Vaccination in Bombay 1924-1928 - 1924-1928
Year: 1924
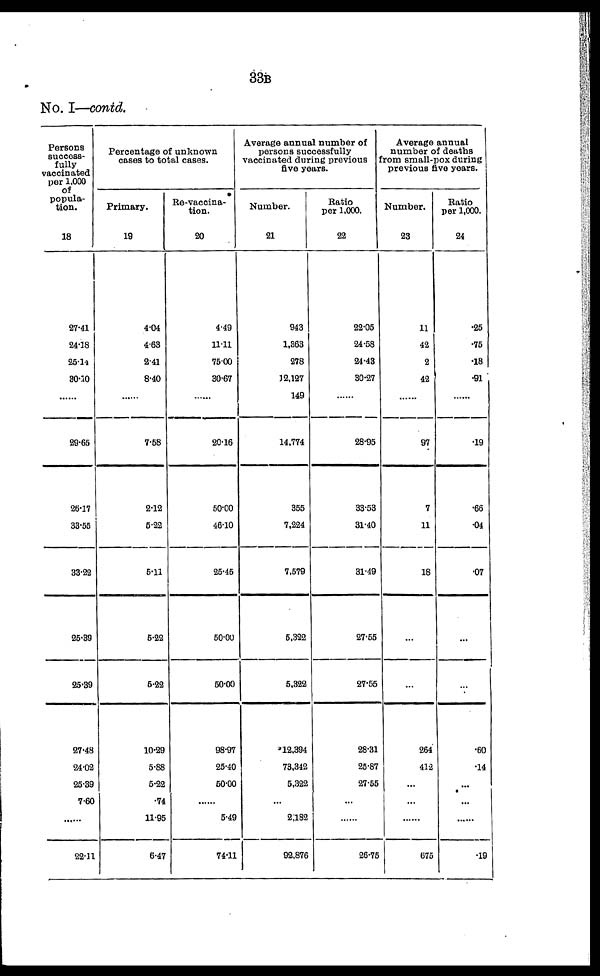
33B
No. I—contd.
Persons
success-
fully
vaccinated
pet 1,000
of
popula-
tion.
18
27.41
24.18
25.14
80.10
......
29.65
26.17
33.55
33.22
25.39
25.39
27.48
24.02
25.39
7.60
22.11
Percentage of unknown
cases to total cases.
Primary.
19
4.04
4.63
2.41
8.40
......
7.58
2.12
5.22
5.11
5.22
5.22
10.29
5.88
5.22
.74
11.95
6.47
Re-vaccina-
tion.
20
4.49
11.11
75.00
30.67
......
20.16
50.00
46.10
25.45
50.00
50.00
98.97
25.40
50.00
...
5.49
74.11
Average annual number of
persons successfully
vaccinated during previous
five years.
Number.
21
943
1,363
278
12,127
149
14,774
355
7,224
7,579
5,322
5,322
12,394
73,342
5,322
...
2,182
92,876
Ratio
per 1,000.
22
22.05
24.58
24.43
30.27
...
28.95
33.53
31.40
31.49
27.55
27.55
28.31
25.87
27.55
...
...
26.75
Average annual
number of deaths
from small-pox during
previous five years.
Number.
23
11
42
2
42
...
97
7
11
18
...
...
264
412
...
...
...
675
Ratio
per 1,000.
24
.25
.75
.18
.91
...
.19
.66
.04
.07
...
...
.60
.14
...
...
...
.19